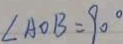
\angle A O B = 9 0 ^ { \circ }